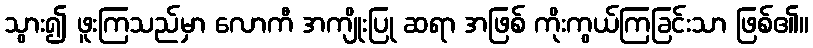
သွား၍ ဖူးကြသည်မှာ လောကီ အကျိုးပြု ဆရာ အဖြစ် ကိုးကွယ်ကြခြင်းသာ ဖြစ်၏။